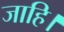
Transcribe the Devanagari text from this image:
जाहि।